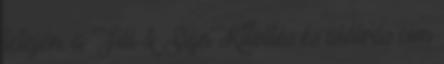
tetején, a Fill & Sign Kitöltés és aláírás cím